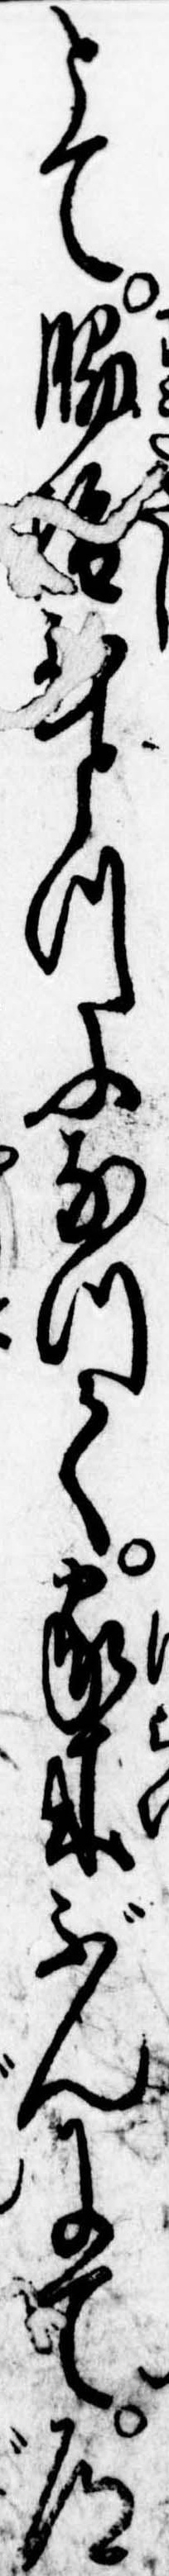
とて脇ひとつになつて家来ぶんにて道